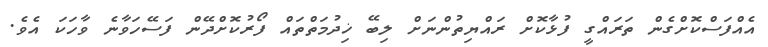
އެއްފަސްކޮށްގެން ތަރައްގީ ފުޅާކޮށް ރައްޔިތުންނަށް ލިބޭ ޚިދުމަތްތައް ފޯރުކޮށްދޭން ފަސޭހަވާނެ ވާހަކަ އެވެ.